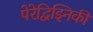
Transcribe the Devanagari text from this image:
पेरेद्विझ्निकी